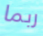
ربما